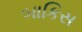
બાકિસ